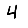
Digit: 4